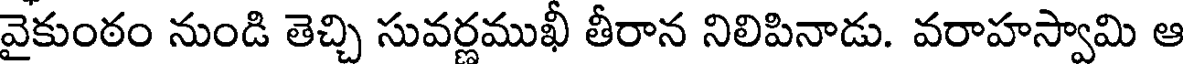
వైకుంఠం నుండి తెచ్చి సువర్ణముఖీ తీరాన నిలిపినాడు. వరాహస్వామి ఆ